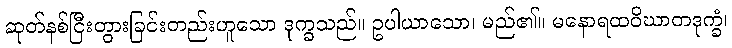
ဆုတ်နစ်ငြီးတွားခြင်းတည်းဟူသော ဒုက္ခသည်။ ဥပါယာသော၊ မည်၏။ မနောရထဝိဃာတဒုက္ခံ၊